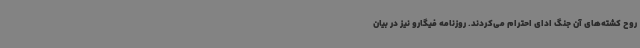
روح کشته‌های آن جنگ ادای احترام می‌کردند. روزنامه فیگارو نیز در بیان